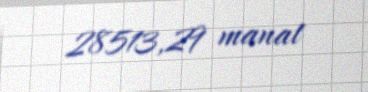
28513,29 manat